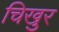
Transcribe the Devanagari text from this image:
चिखुर